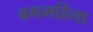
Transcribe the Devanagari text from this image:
बगमहिला